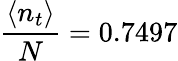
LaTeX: \frac{\langle n_{t}\rangle}{N}=0.7497